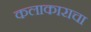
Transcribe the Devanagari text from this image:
कलाकाराचा